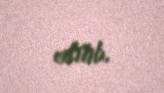
edilib.